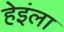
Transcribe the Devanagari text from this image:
हेइंला